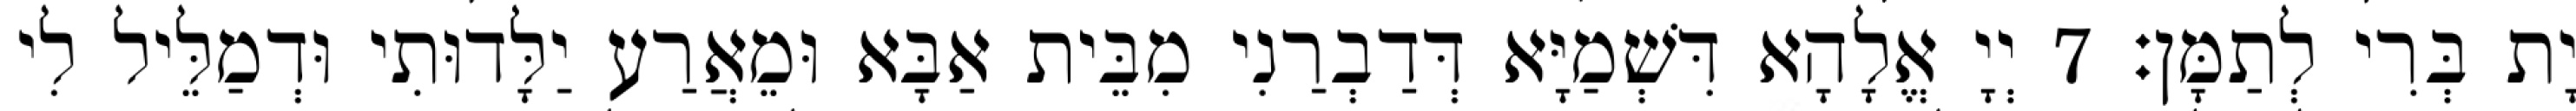
יָת בְּרִי לְתַמָּן׃ 7 יְיָ אֱלָהָא דִּשְׁמַיָּא דְּדַבְרַנִי מִבֵּית אַבָּא וּמֵאֲרַע יַלָּדוּתִי וּדְמַלֵּיל לִי